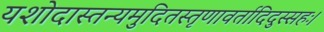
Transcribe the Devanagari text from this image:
यशोदास्तन्यमुदितस्तृणावर्तादिदुस्सहः।